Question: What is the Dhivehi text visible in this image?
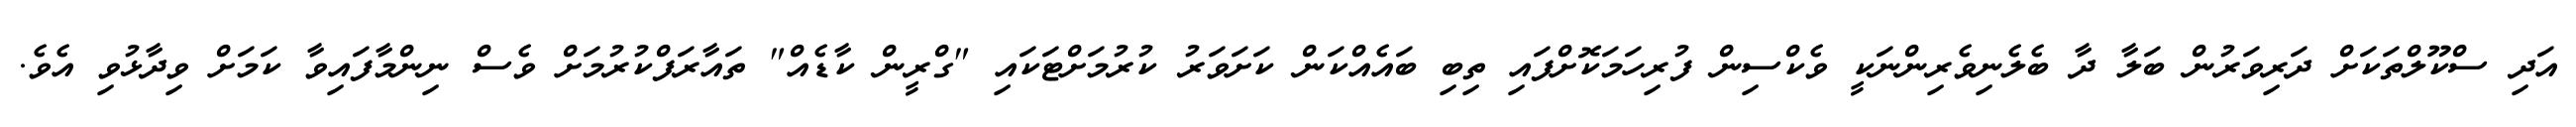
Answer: އަދި ސްކޫލްތަކަށް ދަރިވަރުން ބަލާ ދާ ބެލެނިވެރިންނަކީ ވެކްސިން ފުރިހަމަކޮށްފައި ތިބި ބައެއްކަން ކަށަވަރު ކުރުމަށްޓަކައި "ގްރީން ކާޑެއް" ތައާރަފްކުރުމަށް ވެސް ނިންމާފައިވާ ކަމަށް ވިދާޅުވި އެވެ.